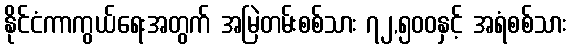
နိုင်ငံကာကွယ်ရေးအတွက် အမြဲတမ်းစစ်သား ၇၂,၅၀၀နှင့် အရံစစ်သား